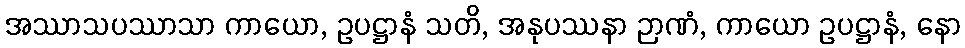
အဿာသပဿာသာ ကာယော, ဥပဋ္ဌာနံ သတိ, အနုပဿနာ ဉာဏံ, ကာယော ဥပဋ္ဌာနံ, နော